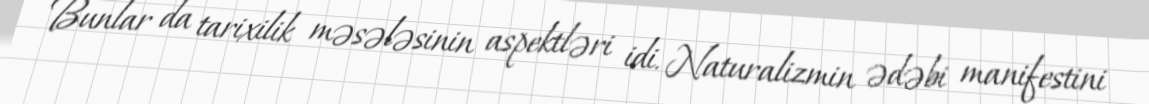
Bunlar da tarixilik məsələsinin aspektləri idi. Naturalizmin ədəbi manifestini